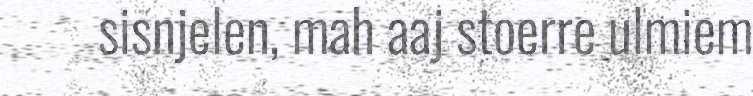
sisnjelen, mah aaj stoerre ulmiem